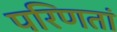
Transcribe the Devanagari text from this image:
परिणतां